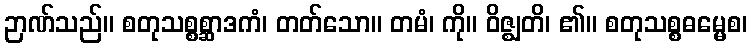
ဉာဏ်သည်။ စတုသစ္စစ္ဆာဒကံ၊ တတ်သော။ တမံ၊ ကို။ ဝိဇ္ဈတိ၊ ၏။ စတုသစ္စဓမ္မေစ၊